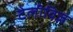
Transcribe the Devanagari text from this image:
टेलीविज़